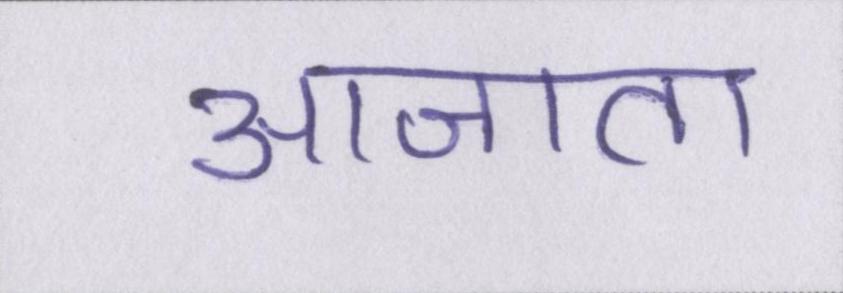
आजा॑ता